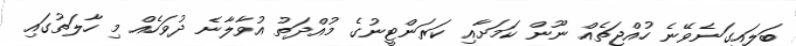
ބަލައިގަނެވޭނެ ހުއްޖަތެއް ނޫން ކަމަށާއި ކަރަންޓީނުގެ މުއްދަތު އުވާލާނެ ދުވަހެއް މި ހާލަތުގައި